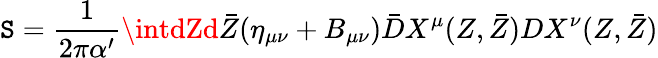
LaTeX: \mathtt{S}=\frac{{1}}{{2\pi\alpha^{\prime}}}\intdZd\bar{{Z}}(\eta_{\mu\nu}+B_{\mu\nu})\bar{{D}}X^{\mu}(Z,\bar{{Z}})DX^{\nu}(Z,\bar{{Z}})